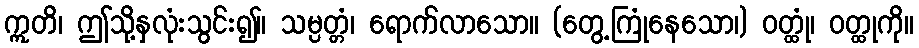
ဣတိ၊ ဤသို့နှလုံးသွင်း၍။ သမ္ပတ္တံ၊ ရောက်လာသော။ (တွေ့ကြုံနေသော၊) ဝတ္ထုံ၊ ဝတ္ထုကို။